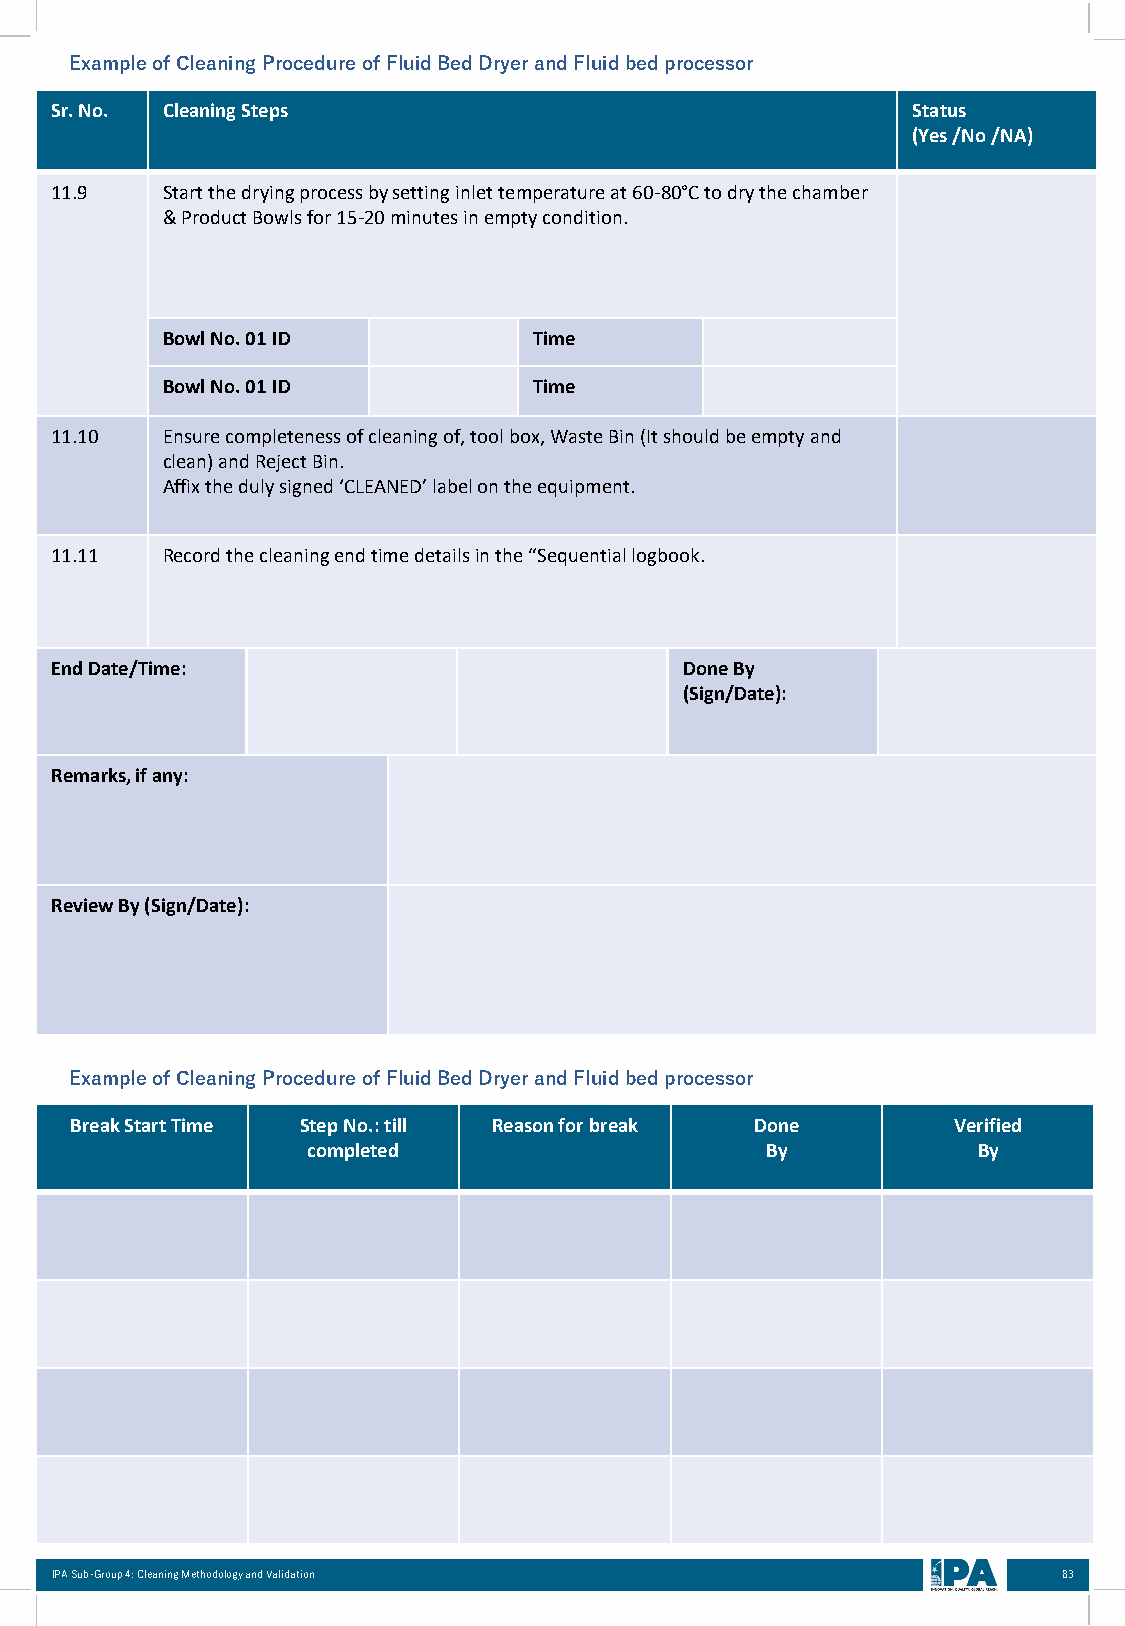
ExampleofCleaningProcedureofFluidBedDryerandFluidbedprocessor
 Sr. No. Cleaning Steps                                   Status
 (Yes /No /NA)
 11.9    Start the drying process by setting inlet temperature at 60-80°C to dry the chamber
 & Product Bowls for 15-20 minutes in empty condition.
 Bowl No. 01 ID          Time
 Bowl No. 01 ID          Time
 11.10   Ensure completeness of cleaning of, tool box, Waste Bin (It should be empty and
 clean) and Reject Bin.
 Affix the duly signed ‘CLEANED’ label on the equipment.
 11.11   Record the cleaning end time details in the “Sequential logbook.
 End Date/Time:                            Done By
 (Sign/Date):
 Remarks, if any:
 Review By (Sign/Date):
 ExampleofCleaningProcedureofFluidBedDryerandFluidbedprocessor
 Break Start Time Step No.: till Reason for break Done     Verified
 completed                      By            By
 IPA Sub-Group 4: Cleaning Methodology and Validation               83